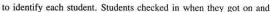
to identify each student. Students checked in when they got on and